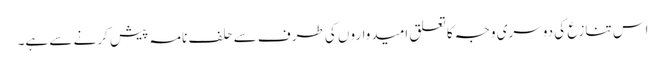
اس تنازع کی دوسری وجہ کا تعلق امیدواروں کی طرف سے حلف نامہ پیش کرنے سے ہے۔